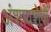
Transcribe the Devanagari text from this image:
अंशावशेषों